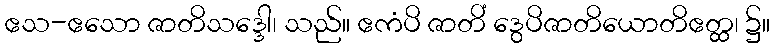
ဧသ-ဧသော ဇာတိသဒ္ဒေါ၊ သည်။ ဧကံပိ ဇာတိံ ဒွေပိဇာတိယောတိဧတ္ထ၊ ၌။